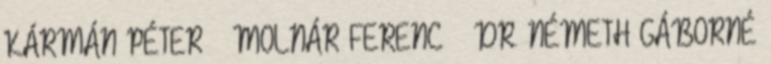
KÁRMÁN PÉTER – MOLNÁR FERENC – DR. NÉMETH GÁBORNÉ